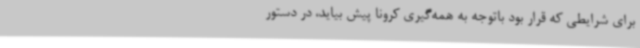
برای شرایطی که قرار بود باتوجه به همه‌گیری کرونا پیش بیاید، در دستور